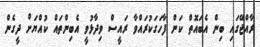
ރާއްޖޭގައި ބިން އެބައޮތް ކަން ފާހަގަކުރައްވާ ރައީސް ވިދާޅުވީ އެބިންތައް ކުއްޔަށް ދީގެން